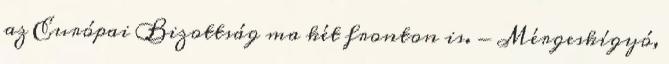
az Európai Bizottság ma két fronton is. - Mérgeskígyó,